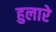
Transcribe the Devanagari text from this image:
हुलारे